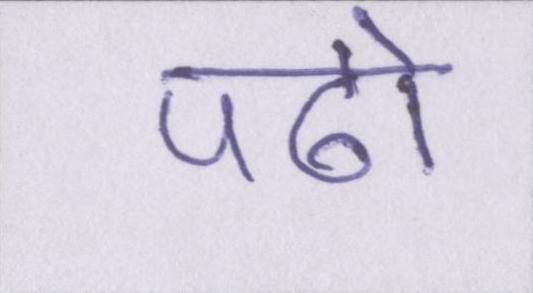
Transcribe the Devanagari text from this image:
पढो